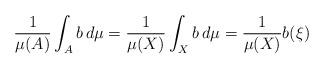
LaTeX: \begin{align*}\frac{1}{\mu(A)}\int_A b \,d\mu=\frac{1}{\mu(X)}\int_X b \,d\mu=\frac{1}{\mu(X)}b(\xi)\end{align*}